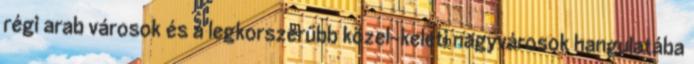
régi arab városok és a legkorszerűbb közel-keleti nagyvárosok hangulatába